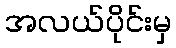
အလယ်ပိုင်းမှ